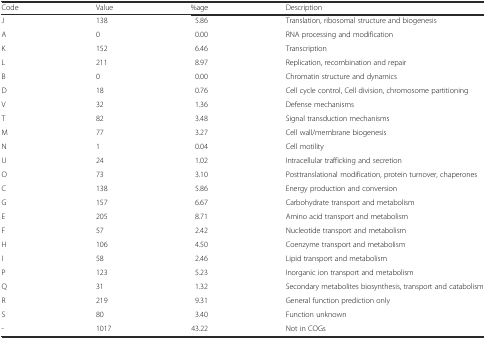
| Code | Value | %age | Description |
 | --- | --- | --- | --- |
 | J | 138 | 5.86 | Translation, ribosomal structure and biogenesis |
 | A | 0 | 0.00 | RNA processing and modification |
 | K | 152 | 6.46 | Transcription |
 | L | 211 | 8.97 | Replication, recombination and repair |
 | B | 0 | 0.00 | Chromatin structure and dynamics |
 | D | 18 | 0.76 | Cell cycle control, Cell division, chromosome partitioning |
 | V | 32 | 1.36 | Defense mechanisms |
 | T | 82 | 3.48 | Signal transduction mechanisms |
 | M | 77 | 3.27 | Cell wall/membrane biogenesis |
 | N | 1 | 0.04 | Cell motility |
 | U | 24 | 1.02 | Intracellular trafficking and secretion |
 | O | 73 | 3.10 | Posttranslational modification, protein turnover, chaperones |
 | C | 138 | 5.86 | Energy production and conversion |
 | G | 157 | 6.67 | Carbohydrate transport and metabolism |
 | E | 205 | 8.71 | Amino acid transport and metabolism |
 | F | 57 | 2.42 | Nucleotide transport and metabolism |
 | H | 106 | 4.50 | Coenzyme transport and metabolism |
 | I | 58 | 2.46 | Lipid transport and metabolism |
 | P | 123 | 5.23 | Inorganic ion transport and metabolism |
 | Q | 31 | 1.32 | Secondary metabolites biosynthesis, transport and catabolism |
 | R | 219 | 9.31 | General function prediction only |
 | S | 80 | 3.40 | Function unknown |
 | - | 1017 | 43.22 | Not in COGs |